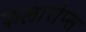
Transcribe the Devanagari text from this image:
फलारोप्स